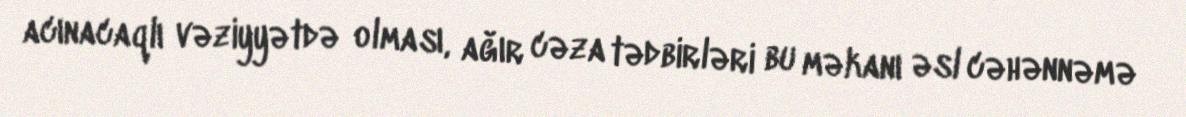
acınacaqlı vəziyyətdə olması, ağır cəza tədbirləri bu məkanı əsl cəhənnəmə